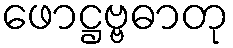
ဖောဋ္ဌဗ္ဗဓာတု